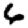
Digit: 6